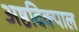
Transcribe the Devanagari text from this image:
अष्ठदिक्पाल